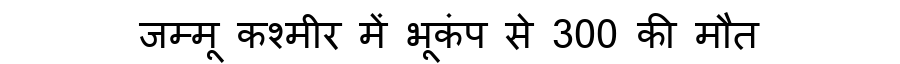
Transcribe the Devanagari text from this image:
जम्मू कश्मीर में भूकंप से 300 की मौत